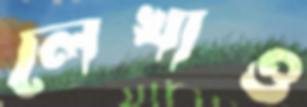
লেখাও